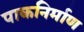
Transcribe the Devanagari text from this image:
पाकनिर्माण